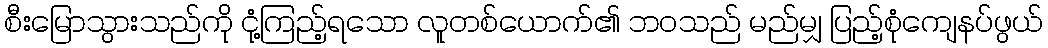
စီးမြောသွားသည်ကို ငုံ့ကြည့်ရသော လူတစ်ယောက်၏ ဘဝသည် မည်မျှ ပြည့်စုံကျေနပ်ဖွယ်